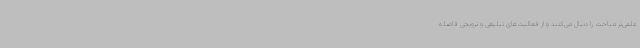
علمی‌تر مباحث را دنبال می‌کنند و از فعالیت‌های تبلیغی و ترویجی فاصله